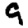
Digit: 9